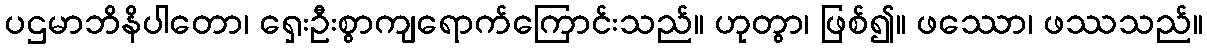
ပဌမာဘိနိပါတော၊ ရှေးဦးစွာကျရောက်ကြောင်းသည်။ ဟုတွာ၊ ဖြစ်၍။ ဖဿော၊ ဖဿသည်။